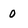
Character: 0